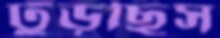
ঢুঁড়ছিস